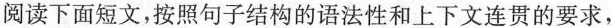
阅读下面短文,按照句子结构的语法性和上下文连贯的要求,